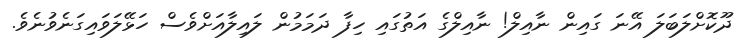
ދޫކޮށްލަބަލަ އޭނަ ގައިން ނާއިލް! ނާއިލްގެ އަތުގައި ހިފާ ދަމަމުން ލައިލާއަށްވެސް ހަޅޭލަވައިގަނެވުނެވެ.